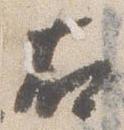
右